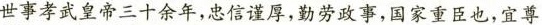
世事孝武皇帝三十余年，忠信谨厚，勤劳政事，国家重臣也，宜尊